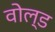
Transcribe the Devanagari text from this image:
वोल्ड